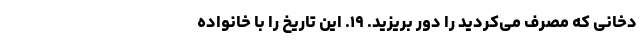
دخانی که مصرف می‌کردید را دور بریزید. ۱۹. این تاریخ را با خانواده